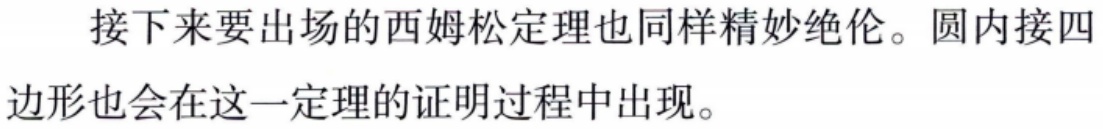
接下来要出场的西姆松定理也同样精妙绝伦。圆内接四边形也会在这一定理的证明过程中出现。